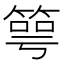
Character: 𥯳